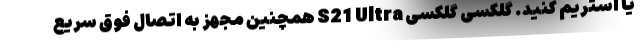
یا استریم کنید. گلکسی گلکسی S21 Ultra همچنین مجهز به اتصال فوق سریع